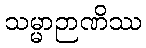
သမ္မာဉာဏိဿ